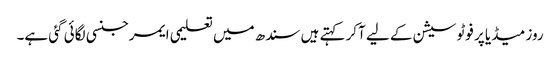
روز میڈیا پر فوٹو سیشن کے لیے آکر کہتے ہیں سندھ میں تعلیمی ایمرجنسی لگائی گئی ہے۔